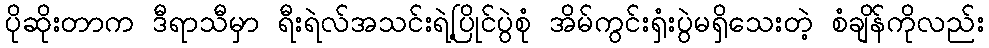
ပိုဆိုးတာက ဒီရာသီမှာ ရီးရဲလ်အသင်းရဲ့ပြိုင်ပွဲစုံ အိမ်ကွင်းရှံးပွဲမရှိသေးတဲ့ စံချိန်ကိုလည်း